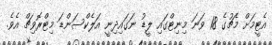
އެޓީމަށް މެޗުގެ 18 ވަނަ މިނިޓްގައި ލީޑު ނަގައިދިނީ އަލެކްސަންޑަ މިޓްރޮވިޗް އެވެ.